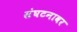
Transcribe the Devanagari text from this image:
संघटनावर